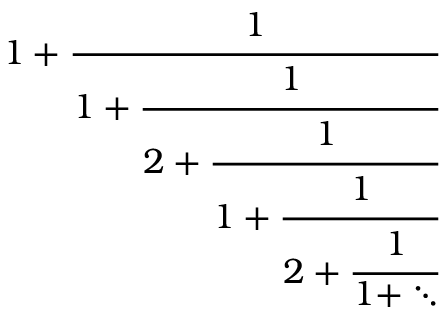
1 + { \cfrac { 1 } { 1 + { \cfrac { 1 } { 2 + { \cfrac { 1 } { 1 + { \cfrac { 1 } { 2 + { \cfrac { 1 } { 1 + \ddots } } } } } } } } } }